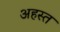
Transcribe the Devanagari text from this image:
अहस्त